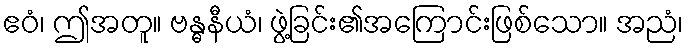
ဧဝံ၊ ဤအတူ။ ဗန္ဓနီယံ၊ ဖွဲ့ခြင်း၏အကြောင်းဖြစ်သော။ အညံ၊